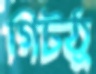
গিটঠু